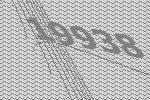
19938